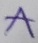
Text: A